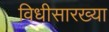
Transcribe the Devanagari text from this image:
विधीसारख्या